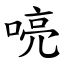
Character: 喨